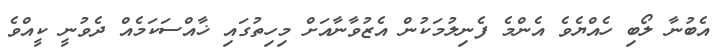
އެބުނާ ލޯބި ހެއްޔެވެ އެންމެ ފެނިލުމަކުން އެޒުވާނާއަށް މިހިތުގައި ޚާއްސަކަމެއް ދެވުނީ ކީއްވެ